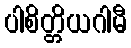
ပါစိတ္တိယဂါမီ